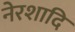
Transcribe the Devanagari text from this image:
नेरशादि